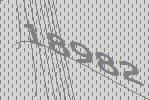
18982